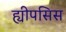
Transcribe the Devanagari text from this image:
ह्यीपसिस